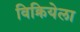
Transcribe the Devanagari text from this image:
विक्रियेला